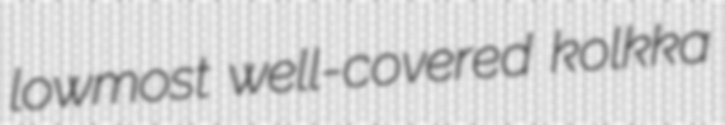
lowmost well-covered kolkka